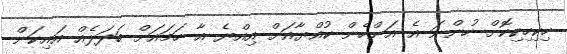
ހިކިހިކިކޮށް ހުންނަ އެ އަންހެން ކުއްޔާއަށް އިއްޔެ އާ ހަމައަށް ބަދަލެއް އައިކަން